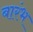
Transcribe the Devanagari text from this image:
बारंभ